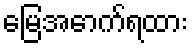
မြေအောက်ရထား